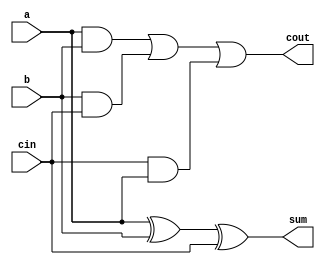
module full_adder(sum,cout,a,b,cin);
input a,b,cin;
output sum,cout;
assign sum=a^b^cin;
assign cout=(a & b)|(b & cin)|(cin & a);
endmodule

module full_adder_tb;
reg a,b,cin;
wire sum,cout;
full_adder DUT (.sum(sum),.cout(cout),.a(a),.b(b),.cin(cin));
initial
begin
$monitor($time,"a=%b b=%b cin=%b sum=%b carry=%b",a,b,cin,sum,cout);
a=0;b=0;cin=0;
#10 a=0;b=1;cin=0;
#10 a=1;b=0;cin=0;
#10 a=1;b=1;cin=0;

end 
endmodule